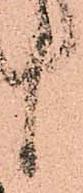
候